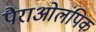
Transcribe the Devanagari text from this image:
पैराओलंपिक